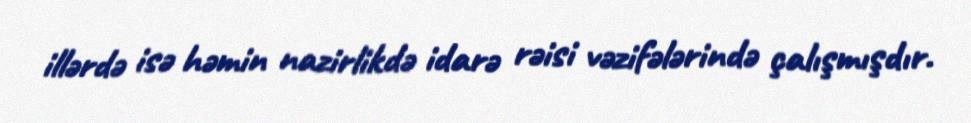
illərdə isə həmin nazirlikdə idarə rəisi vəzifələrində çalışmışdır.